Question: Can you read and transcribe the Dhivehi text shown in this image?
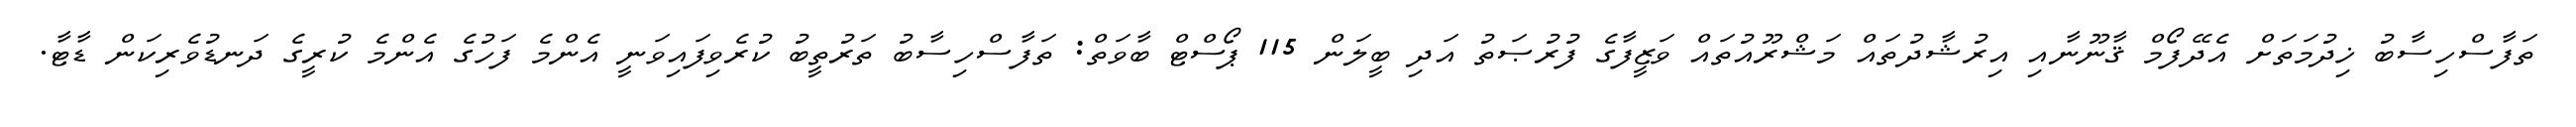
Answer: ތަފާސްހިސާބު ޚިދުމަތަށް އެދޭފޯމް ޤާނޫނާއި އިރުޝާދުތައް މަޝްރޫއުތައް ވަޒީފާގެ ފުރުޞަތު އަދި ބީލަން 115 ޕޯސްޓް ބާވަތް: ތަފާސްހިސާބު ތަރުތީބު ކުރެވިފައިވަނީ އެންމެ ފަހުގެ އެންމެ ކުރީގެ ދަނޑުވެރިކަން ޑާޓާ.